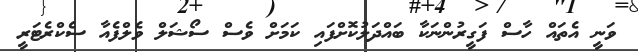
ވަނީ އެތައް ހާސް ފަގީރުންނަކާ ބައްދަލުކޮށްފައި ކަމަށް ވެސް ސޯޝަލް ވެލްފެއާ ސެކްރެޓަރީ